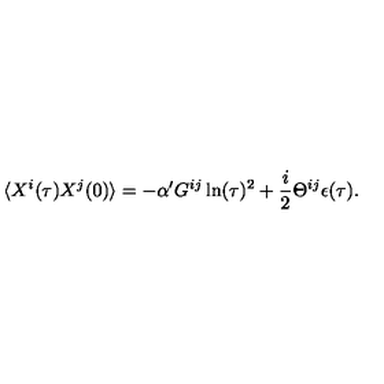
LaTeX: \langle X ^ { i } ( \tau ) X ^ { j } ( 0 ) \rangle = - \alpha ^ { \prime } G ^ { i j } \ln ( \tau ) ^ { 2 } + \frac { i } { 2 } \Theta ^ { i j } \epsilon ( \tau ) .